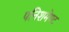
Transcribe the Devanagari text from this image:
पनिशमेण्ट